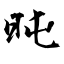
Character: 旽